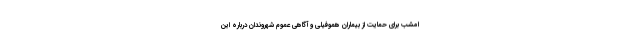
امشب برای حمایت از بیماران هموفیلی و آگاهی عموم شهروندان درباره این